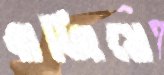
বাজিয়ে